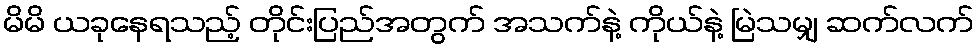
မိမိ ယခုနေရသည့် တိုင်းပြည်အတွက် အသက်နဲ့ ကိုယ်နဲ့ မြဲသမျှ ဆက်လက်